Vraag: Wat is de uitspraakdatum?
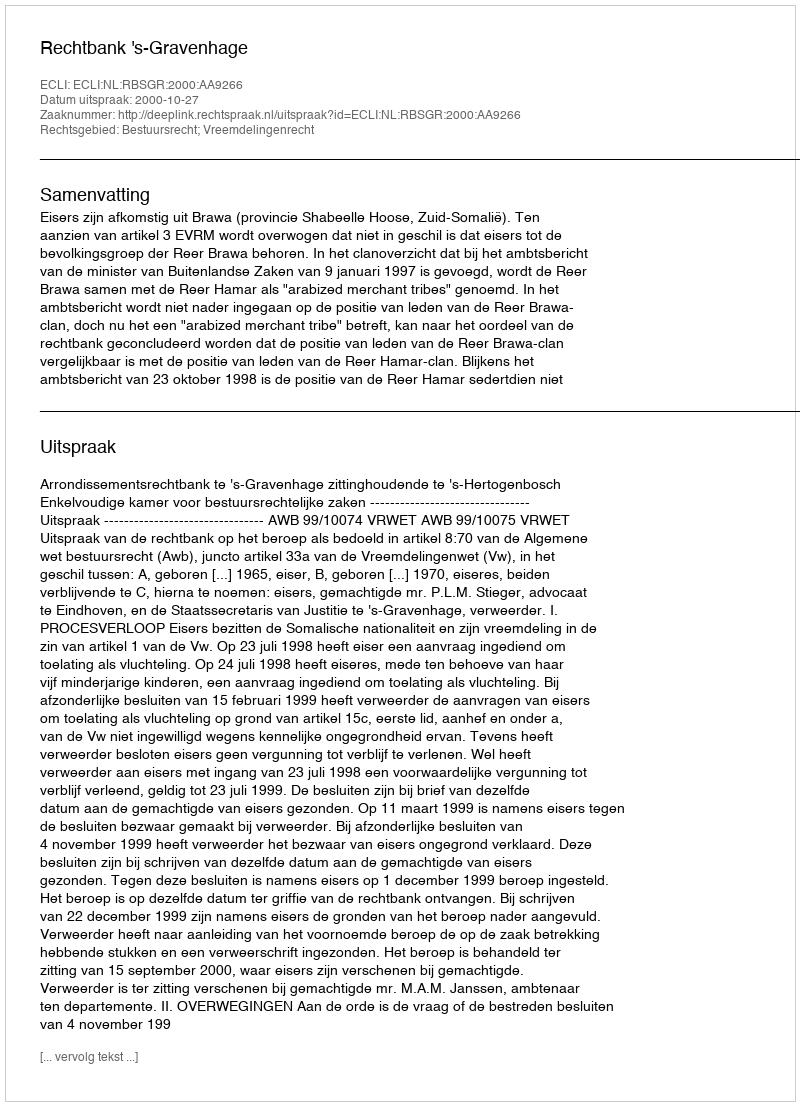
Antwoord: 2000-10-27